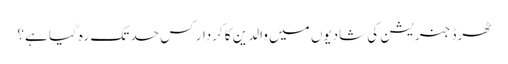
ٹھرڈ جنریشن کی شادیوں میں والدین کا کردار کس حد تک رہ گیا ہے؟